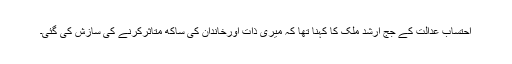
احتساب عدالت کے جج ارشد ملک کا کہنا تھا کہ میری ذات اورخاندان کی ساکھ متاثرکرنے کی سازش کی گئی۔